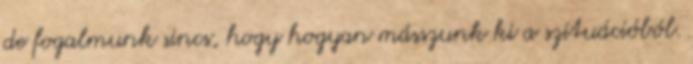
de fogalmunk sincs, hogy hogyan másszunk ki a szituációból.